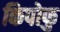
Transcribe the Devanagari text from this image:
किपोफु